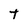
Character: T